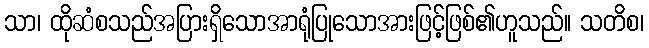
သာ၊ ထိုဆံစသည်အပြားရှိသောအာရုံပြုသောအားဖြင့်ဖြစ်၏ဟူသည်။ သတိစ၊